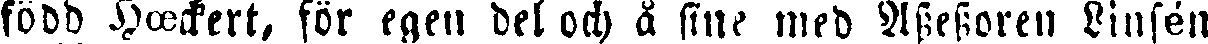
född Hœckert, för egen del och å fine med Assessoren Linsén